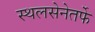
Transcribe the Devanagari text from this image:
स्थलसेनेतर्फे